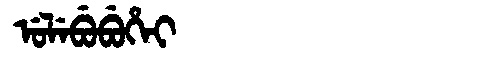
Manchu: ᡠᠯᡝᠪᡠᠪᡠᡥᡝᡳ
Romanization: ULEBUBUHEI